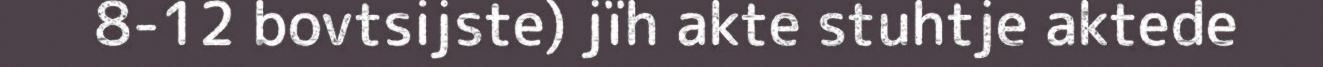
8-12 bovtsijste) jïh akte stuhtje aktede